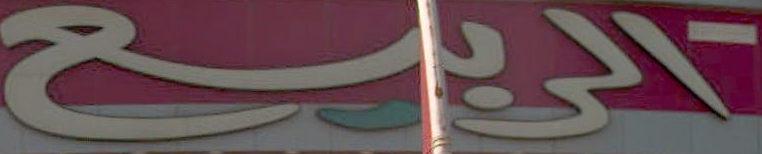
الريح